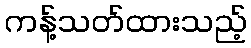
ကန့်သတ်ထားသည့်